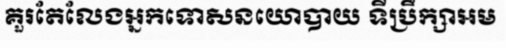
គួរតែលែងអ្នកទោសនយោបាយ ទីប្រឹក្សាអម